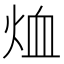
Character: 烅